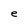
Character: e